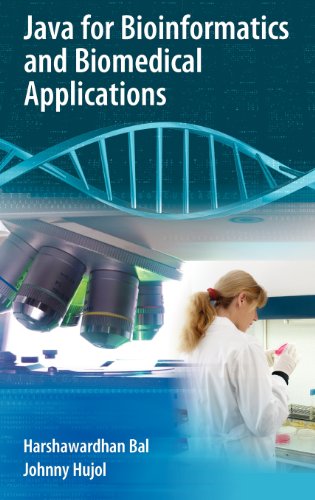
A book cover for Java for Bioinformatics and Biomedical Applications; Harshawardhan Bal; Engineering & Transportation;